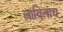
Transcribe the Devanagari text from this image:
लाविलाच